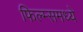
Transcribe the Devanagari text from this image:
फिल्म्समध्ये